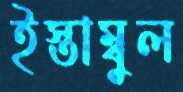
ইস্তাম্বুল